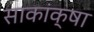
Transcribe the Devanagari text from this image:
साकांक्षा